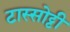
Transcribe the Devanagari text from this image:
टास्सोट्टी